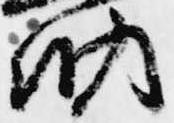
納